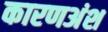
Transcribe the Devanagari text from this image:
कारणअंश